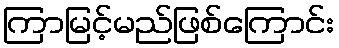
ကြာမြင့်မည်ဖြစ်ကြောင်း